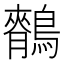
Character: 𪅣